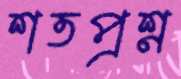
শতপ্রশ্ন